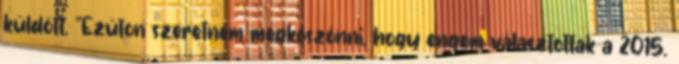
küldött. "Ezúton szeretném megköszönni, hogy engem választottak a 2015.